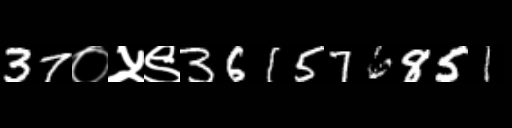
Text: 37०५९361576851